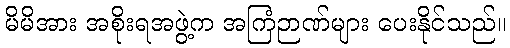
မိမိအား အစိုးရအဖွဲ့က အကြံဉာဏ်များ ပေးနိုင်သည်။